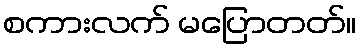
စကားလက် မပြောတတ်။